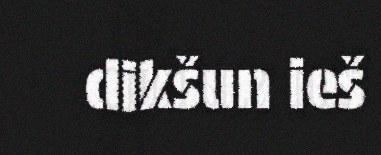
dikšun ieš